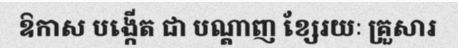
ឱកាស បង្កើត ជា បណ្តាញ ខ្សែរយៈ គ្រួសារ